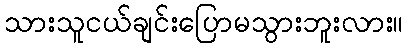
သားသူငယ်ချင်းပြောမသွားဘူးလား။